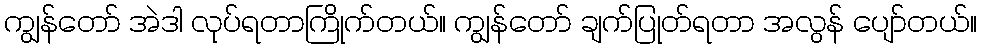
ကျွန်တော် အဲဒါ လုပ်ရတာကြိုက်တယ်။ ကျွန်တော် ချက်ပြုတ်ရတာ အလွန် ပျော်တယ်။